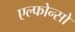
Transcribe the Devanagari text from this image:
एल्फोन्सो